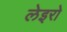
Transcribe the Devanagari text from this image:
लेइरो